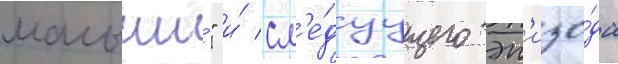
малыши́" и́ сл'е́дуущего эп'изо́да